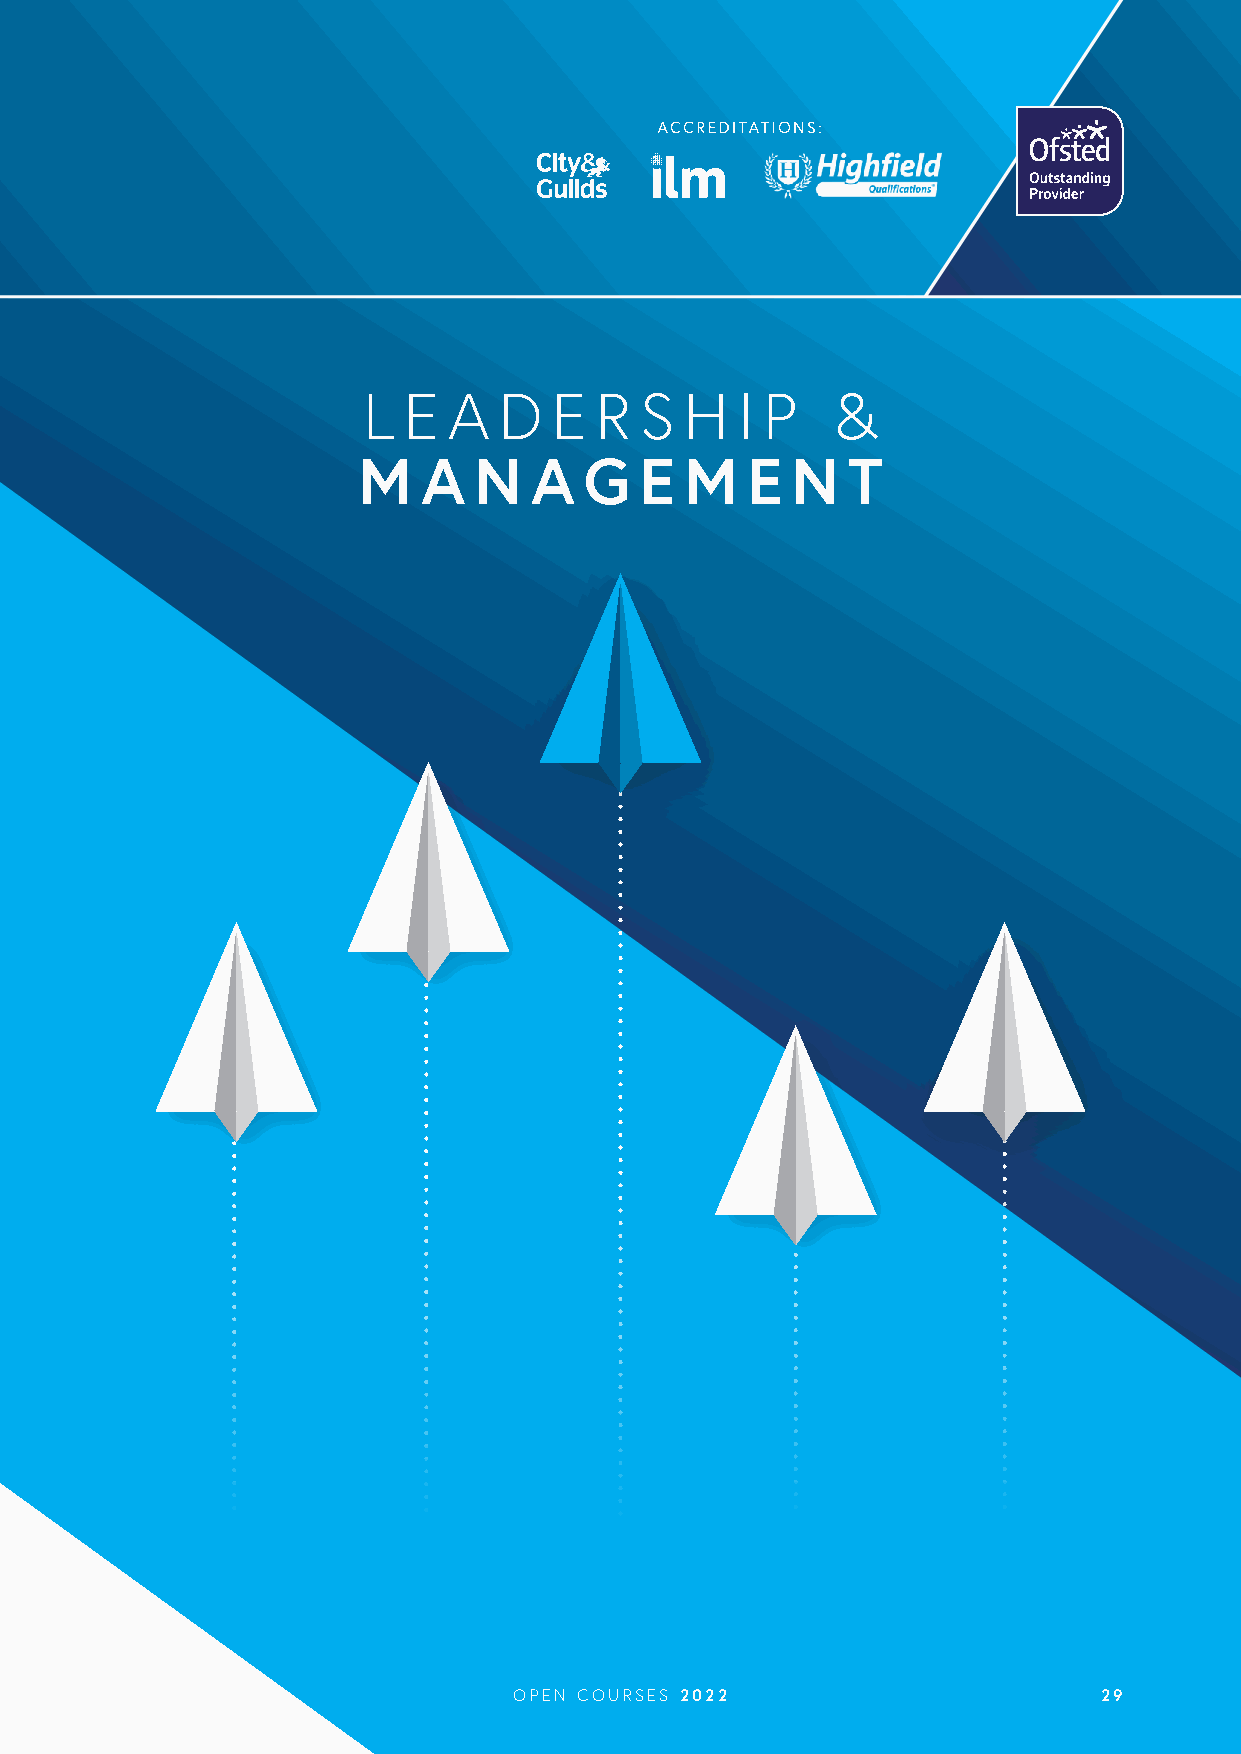
L  E  A  D  E  R  S  H   I P   &
 M   A  N   A   G  E  M   E  N   T
 OPEN COURSES 2022                      29